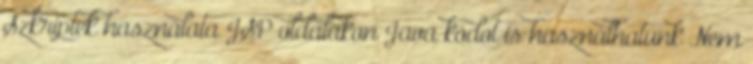
Szkriptek használata JSP oldalakon Java kódot is használhatunk Nem